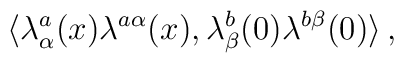
\langle \lambda^a_\alpha (x)\lambda^{a\alpha}(x),\lambda^b_\beta (0)\lambda^{b\beta}(0) \rangle\, ,